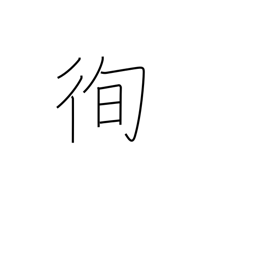
Meaning: lay down one's life